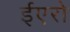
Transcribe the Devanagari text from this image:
ईएरो